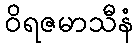
ဝိရဇမာသီနံ